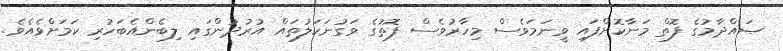
ޞައްދާމުގެ ފޮތް މަނާކޮށްފައި ވީނަމަވެސް މިހާރުވެސް ފޮތުގެ ވަގުނަކަލުތައް އުރުދުންގައި ލިބެންއެބަހުރި ކަމަށްވެއެވެ.